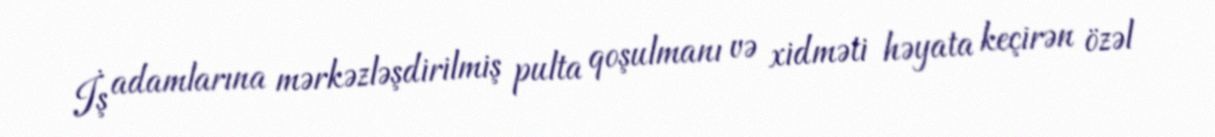
İş adamlarına mərkəzləşdirilmiş pulta qoşulmanı və xidməti həyata keçirən özəl